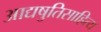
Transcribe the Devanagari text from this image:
आद्यषुतिसाहित्य